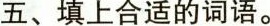
五、填上合适的词语。